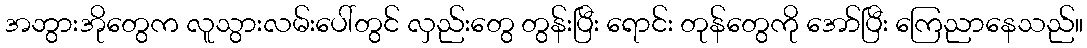
အဘွားအိုတွေက လူသွားလမ်းပေါ်တွင် လှည်းတွေ တွန်းပြီး ရောင်း တုန်တွေကို အော်ပြီး ကြေညာနေသည်။